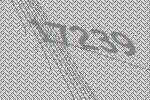
17239